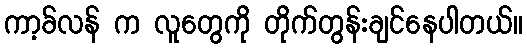
ကာ့ခ်လန် က လူတွေကို တိုက်တွန်းချင်နေပါတယ်။